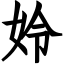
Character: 姈